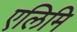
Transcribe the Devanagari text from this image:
एलिमि